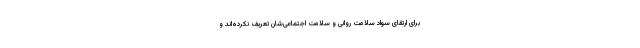
برای ارتقای سواد سلامت روانی و سلامت اجتماعی‌شان تعریف نکرده‌اند و